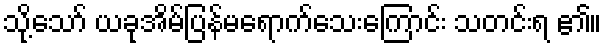
သို့သော် ယခုအိမ်ပြန်မရောက်သေးကြောင်း သတင်းရ ၏။